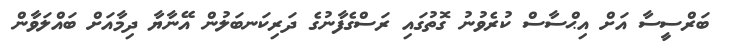
ބަރްސީސާ އަށް އިޙްސާސް ކުރެވުނު ގޮތުގައި ރަސްގެފާނުގެ ދަރިކަނބަލުން އޭނާޔާ ދިމާއަށް ބައްލަވާން